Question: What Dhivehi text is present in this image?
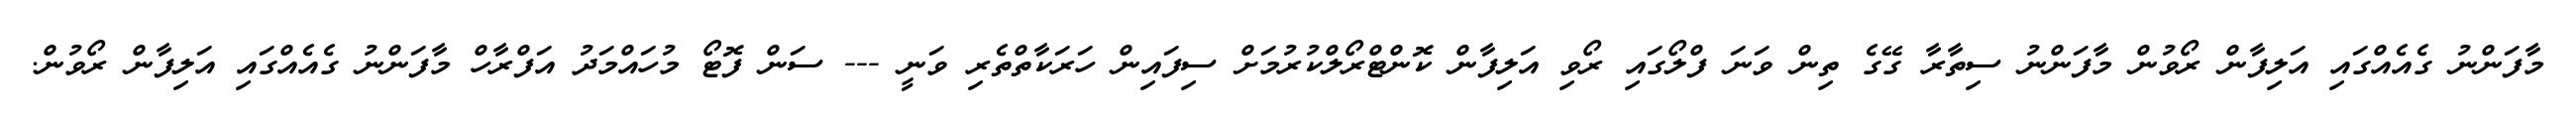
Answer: މާފަންނު ގެއެއްގައި އަލިފާން ރޯވުން މާފަންނު ސިތާރާ ގޭގެ ތިން ވަނަ ފްލޯގައި ރޯވި އަލިފާން ކޮންޓްރޯލްކުރުމަށް ސިފައިން ހަރަކާތްތެރި ވަނީ --- ސަން ފޮޓޯ މުހައްމަދު އަފްރާހް މާފަންނު ގެއެއްގައި އަލިފާން ރޯވުން.